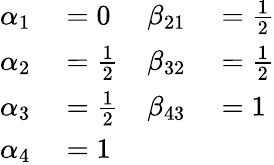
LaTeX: \begin{array}{rlrl}{\alpha_{1}}&{{}=0}&{\beta_{21}}&{{}={\frac{1}{2}}}\\ {\alpha_{2}}&{{}={\frac{1}{2}}}&{\beta_{32}}&{{}={\frac{1}{2}}}\\ {\alpha_{3}}&{{}={\frac{1}{2}}}&{\beta_{43}}&{{}=1}\\ {\alpha_{4}}&{{}=1}&{}&{{}}\end{array}